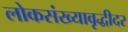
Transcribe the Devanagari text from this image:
लोकसंख्यावृद्धीदर